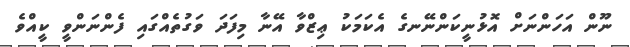
ނޫން އަހަންނަށް އޮޅުނީކަންނޭނގެ އެކަމަކު ޢިޒްވާ އޭނާ މިފަދަ ވަގުތެއްގައި ފެންނަންވީ ކީއްވެ